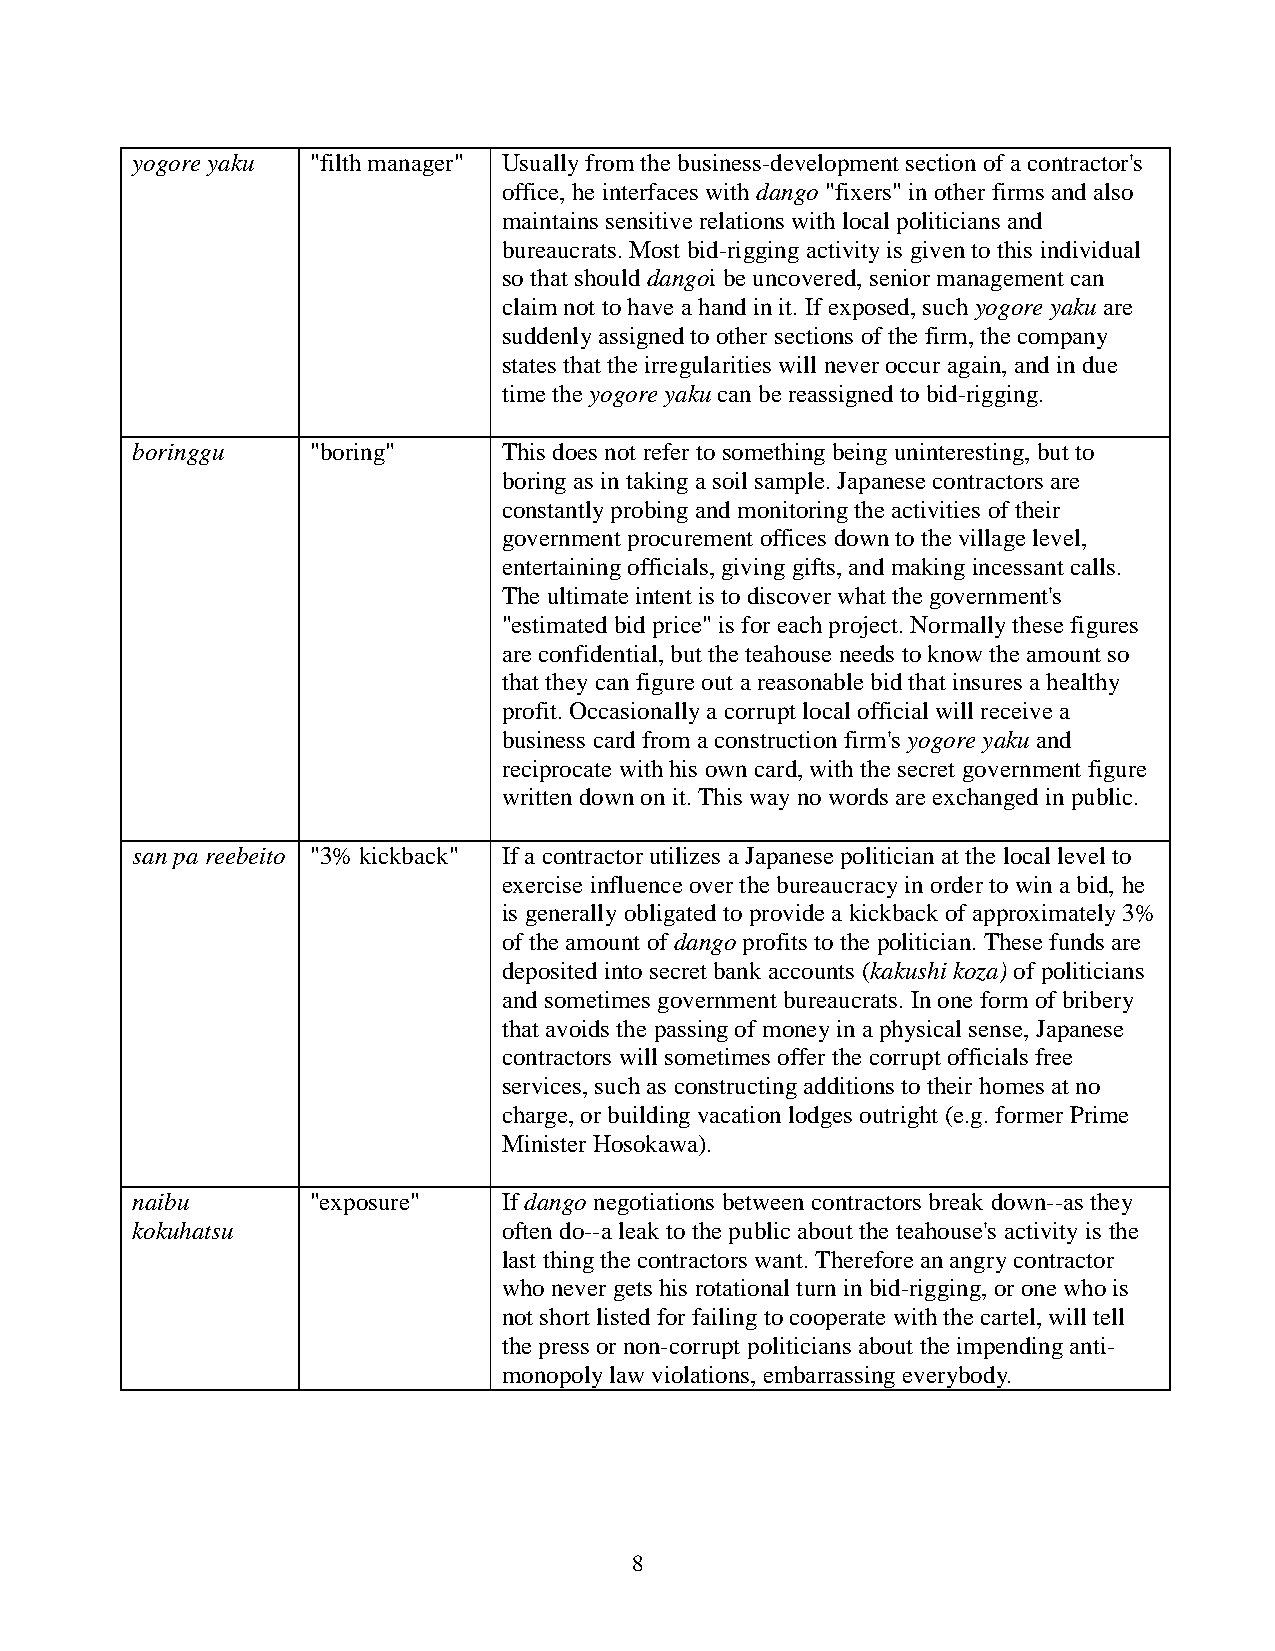
yogore yaku "filth manager" Usually from the business-development section of a contractor's
 office, he interfaces with dango "fixers" in other firms and also
 maintains sensitive relations with local politicians and
 bureaucrats. Most bid-rigging activity is given to this individual
 so that should dangoi be uncovered, senior management can
 claim not to have a hand in it. If exposed, such yogore yaku are
 suddenly assigned to other sections of the firm, the company
 states that the irregularities will never occur again, and in due
 time the yogore yaku can be reassigned to bid-rigging.
 boringgu   "boring"     This does not refer to something being uninteresting, but to
 boring as in taking a soil sample. Japanese contractors are
 constantly probing and monitoring the activities of their
 government procurement offices down to the village level,
 entertaining officials, giving gifts, and making incessant calls.
 The ultimate intent is to discover what the government's
 "estimated bid price" is for each project. Normally these figures
 are confidential, but the teahouse needs to know the amount so
 that they can figure out a reasonable bid that insures a healthy
 profit. Occasionally a corrupt local official will receive a
 business card from a construction firm's yogore yaku and
 reciprocate with his own card, with the secret government figure
 written down on it. This way no words are exchanged in public.
 san pa reebeito "3% kickback" If a contractor utilizes a Japanese politician at the local level to
 exercise influence over the bureaucracy in order to win a bid, he
 is generally obligated to provide a kickback of approximately 3%
 of the amount of dango profits to the politician. These funds are
 deposited into secret bank accounts (kakushi koza) of politicians
 and sometimes government bureaucrats. In one form of bribery
 that avoids the passing of money in a physical sense, Japanese
 contractors will sometimes offer the corrupt officials free
 services, such as constructing additions to their homes at no
 charge, or building vacation lodges outright (e.g. former Prime
 Minister Hosokawa).
 naibu      "exposure"   If dango negotiations between contractors break down--as they
 kokuhatsu               often do--a leak to the public about the teahouse's activity is the
 last thing the contractors want. Therefore an angry contractor
 who never gets his rotational turn in bid-rigging, or one who is
 not short listed for failing to cooperate with the cartel, will tell
 the press or non-corrupt politicians about the impending anti-
 monopoly law violations, embarrassing everybody.
 8